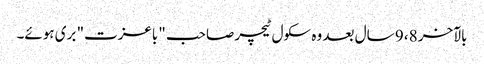
بالآخر 8، 9 سال بعد وہ سکول ٹیچر صاحب "باعزت" بری ہوئے۔